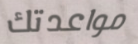
مواعدتك